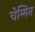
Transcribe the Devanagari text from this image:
चेम्मिन